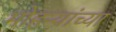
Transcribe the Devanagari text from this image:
मोहऱ्यांच्या